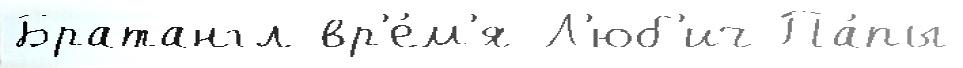
Братангл вр'е́м'я Л'юб'ич Па́пы